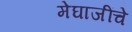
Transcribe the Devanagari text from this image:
मेघाजींचे